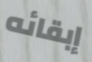
إبقائه